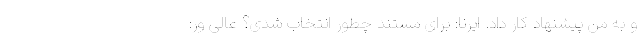
و به من پیشنهاد کار داد. ایرنا: برای مستند چطور انتخاب شدی؟ عالی ور: